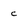
Character: c